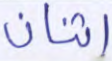
اثنان